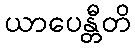
ယာပေန္တီတိ